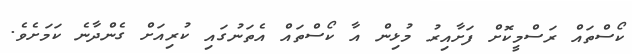
ކޯސްތައް ރަސްމީކޮށް ފަށާއިރު މުޅިން އާ ކޯސްތައް އެތަނުގައި ކުރިއަށް ގެންދާނެ ކަމަށެވެ.